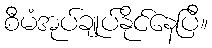
စီမံအုပ်ချုပ်နိုင်နေပြီ။